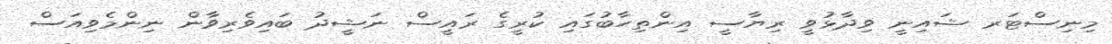
މިނިސްޓަރ ޝައިނީ ވިދާޅުވީ ރިޔާސީ އިންތިހާބުގައި ކުރީގެ ރައީސް ނަޝީދު ބައިވެރިވާން ނިންމެވިއަސް